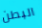
البطن